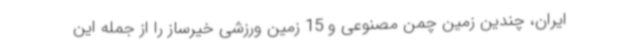
ایران، چندین زمین چمن مصنوعی و 15 زمین ورزشی خیرساز را از جمله این